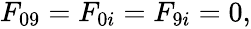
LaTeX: \begin{array}{c}{{F_{09}=F_{0i}=F_{9i}=0,}}\end{array}